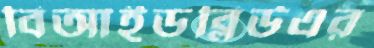
বিআইডব্লিউএর